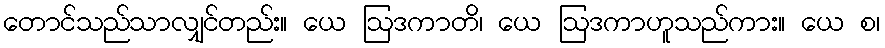
တောင်သည်သာလျှင်တည်း။ ယေ ဩဒကာတိ၊ ယေ ဩဒကာဟူသည်ကား။ ယေ စ၊